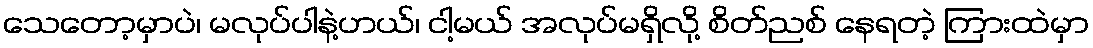
သေတော့မှာပဲ၊ မလုပ်ပါနဲ့ဟယ်၊ ငါ့မယ် အလုပ်မရှိလို့ စိတ်ညစ် နေရတဲ့ ကြားထဲမှာ